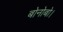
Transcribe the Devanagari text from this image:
बोनोबो।